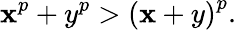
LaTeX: \mathbf{x}^{p}+y^{p}>\left(\mathbf{x}+y\right)^{p}.